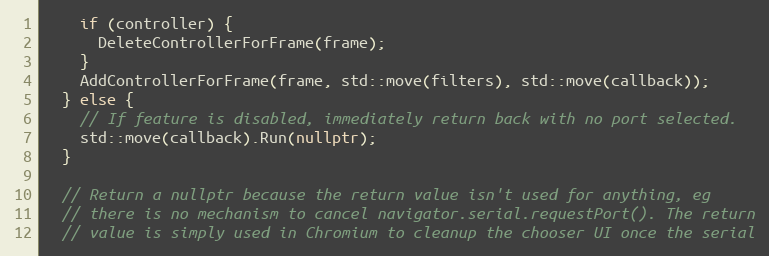
Language: C++
    if (controller) {
      DeleteControllerForFrame(frame);
    }
    AddControllerForFrame(frame, std::move(filters), std::move(callback));
  } else {
    // If feature is disabled, immediately return back with no port selected.
    std::move(callback).Run(nullptr);
  }

  // Return a nullptr because the return value isn't used for anything, eg
  // there is no mechanism to cancel navigator.serial.requestPort(). The return
  // value is simply used in Chromium to cleanup the chooser UI once the serial